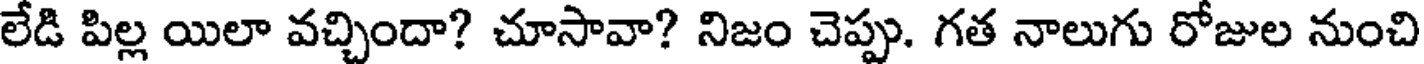
లేడి పిల్ల యిలా వచ్చిందా? చూసావా? నిజం చెప్పు. గత నాలుగు రోజుల నుంచి